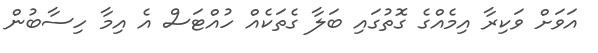
އަވަށް ވަކިރާ އިމެއްގެ ގޮތުގައި ބަލާ ގެތަކެއް ހުއްޓަސް އެ އިމާ ހިސާބުން